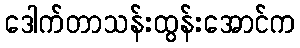
ဒေါက်တာသန်းထွန်းအောင်က